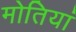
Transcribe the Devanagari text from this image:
मोतियां